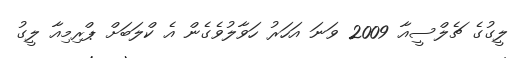
ލީގުގެ ޗެލްސީއާ 2009 ވަނަ އަހަރު ހަވާލުވެގެން އެ ކްލަބަށް ޕްރިމިއާ ލީގު